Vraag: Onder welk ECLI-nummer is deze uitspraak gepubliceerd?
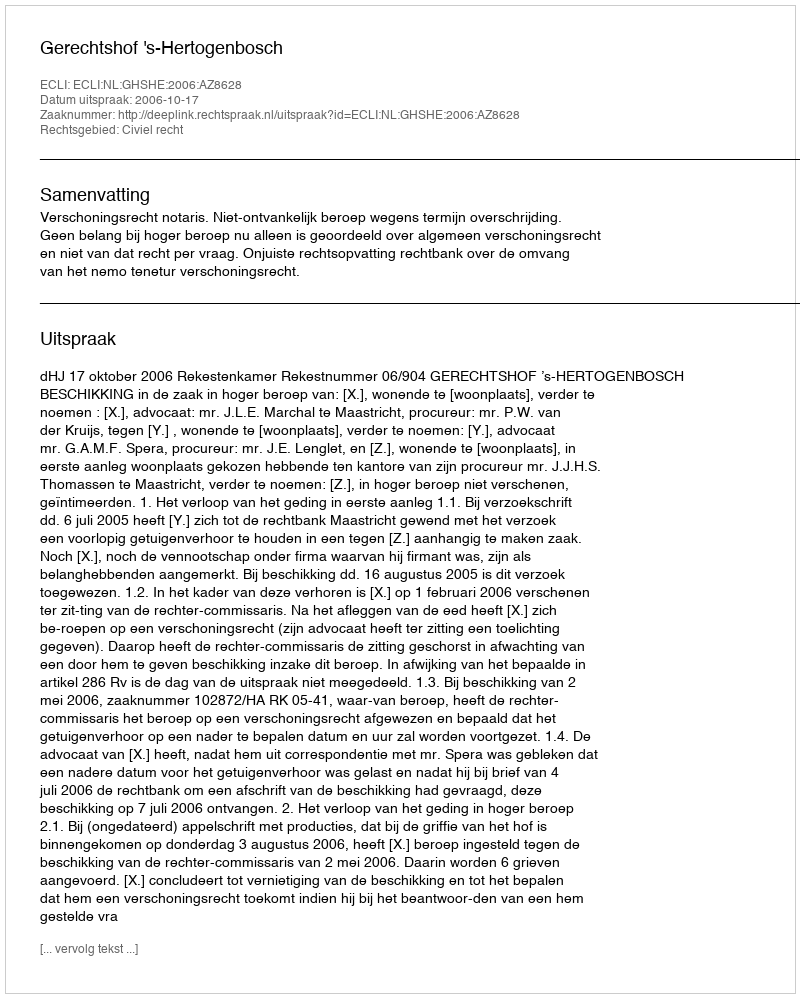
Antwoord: ECLI:NL:GHSHE:2006:AZ8628